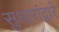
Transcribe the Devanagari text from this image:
सुधारांद्वारे